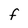
Character: F